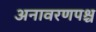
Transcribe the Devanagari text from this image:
अनावरणपश्च